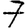
Digit: 7